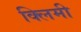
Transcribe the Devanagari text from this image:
क्लिमी